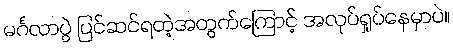
မင်္ဂလာပွဲ ပြင်ဆင်ရတဲ့အတွက်ကြောင့် အလုပ်ရှုပ်နေမှာပဲ။